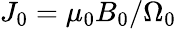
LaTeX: J_{0}=\mu_{0}B_{0}/\Omega_{0}